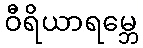
ဝီရိယာရမ္ဘေ